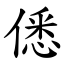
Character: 僁